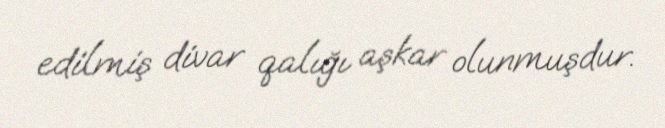
edilmiş divar qalığı aşkar olunmuşdur.